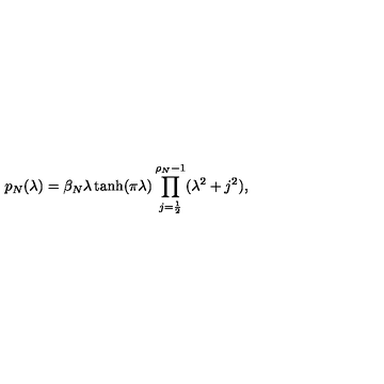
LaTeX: p _ { N } ( \lambda ) = \beta _ { N } \lambda \tanh ( \pi \lambda ) \prod _ { j = \frac 1 2 } ^ { \rho _ { N } - 1 } ( \lambda ^ { 2 } + j ^ { 2 } ) ,